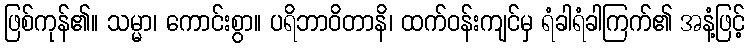
ဖြစ်ကုန်၏။ သမ္မာ၊ ကောင်းစွာ။ ပရိဘာဝိတာနိ၊ ထက်ဝန်းကျင်မှ ရံခါရံခါကြက်၏ အနံ့ဖြင့်